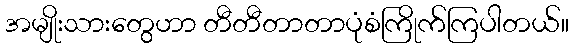
အမျိုးသားတွေဟာ တီတီတာတာပုံစံကြိုက်ကြပါတယ်။